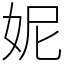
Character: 妮